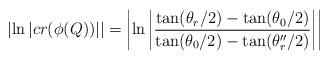
LaTeX: \begin{align*} \left|\ln\left|cr(\phi(Q))\right|\right|=\left|\ln\left|{\frac{\tan(\theta_r/2)-\tan(\theta_0/2)}{\tan(\theta_0/2)-\tan(\theta''_r/2)}}\right|\right|\end{align*}